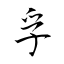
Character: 孚